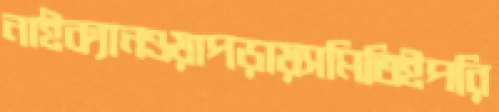
নাইক্যানওয়াপড়ায়সমিতিইপরি